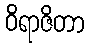
ဝိရာဇိတာ